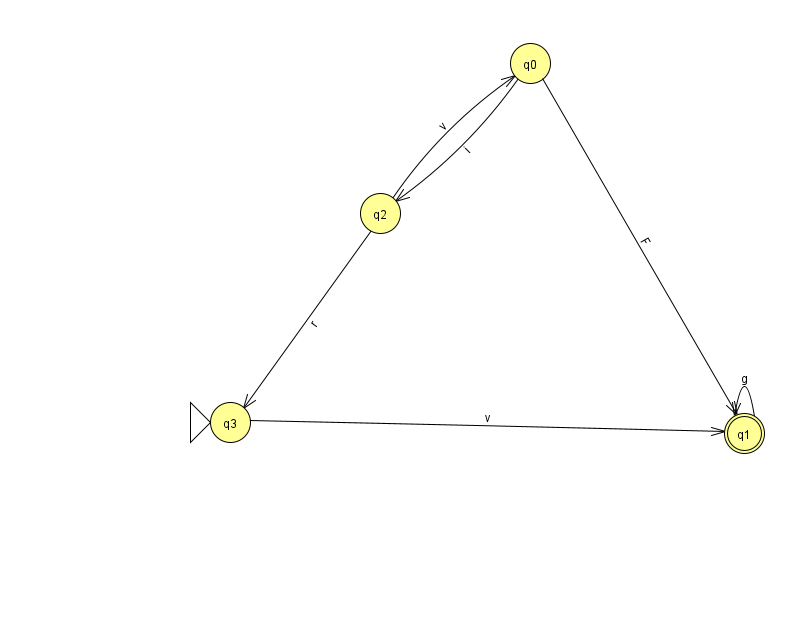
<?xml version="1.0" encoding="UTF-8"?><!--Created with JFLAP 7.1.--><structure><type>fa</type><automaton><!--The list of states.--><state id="0" name="q0"><x>530.0</x><y>50.0</y></state><state id="1" name="q1"><x>744.0</x><y>420.0</y><final/></state><state id="2" name="q2"><x>380.0</x><y>200.0</y></state><state id="3" name="q3"><x>230.0</x><y>409.0</y><initial/></state><!--The list of transitions.--><transition><from>0</from><to>2</to><read>i</read></transition><transition><from>2</from><to>3</to><read>r</read></transition><transition><from>3</from><to>1</to><read>v</read></transition><transition><from>1</from><to>1</to><read>g</read></transition><transition><from>0</from><to>1</to><read>F</read></transition><transition><from>2</from><to>0</to><read>v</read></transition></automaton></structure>